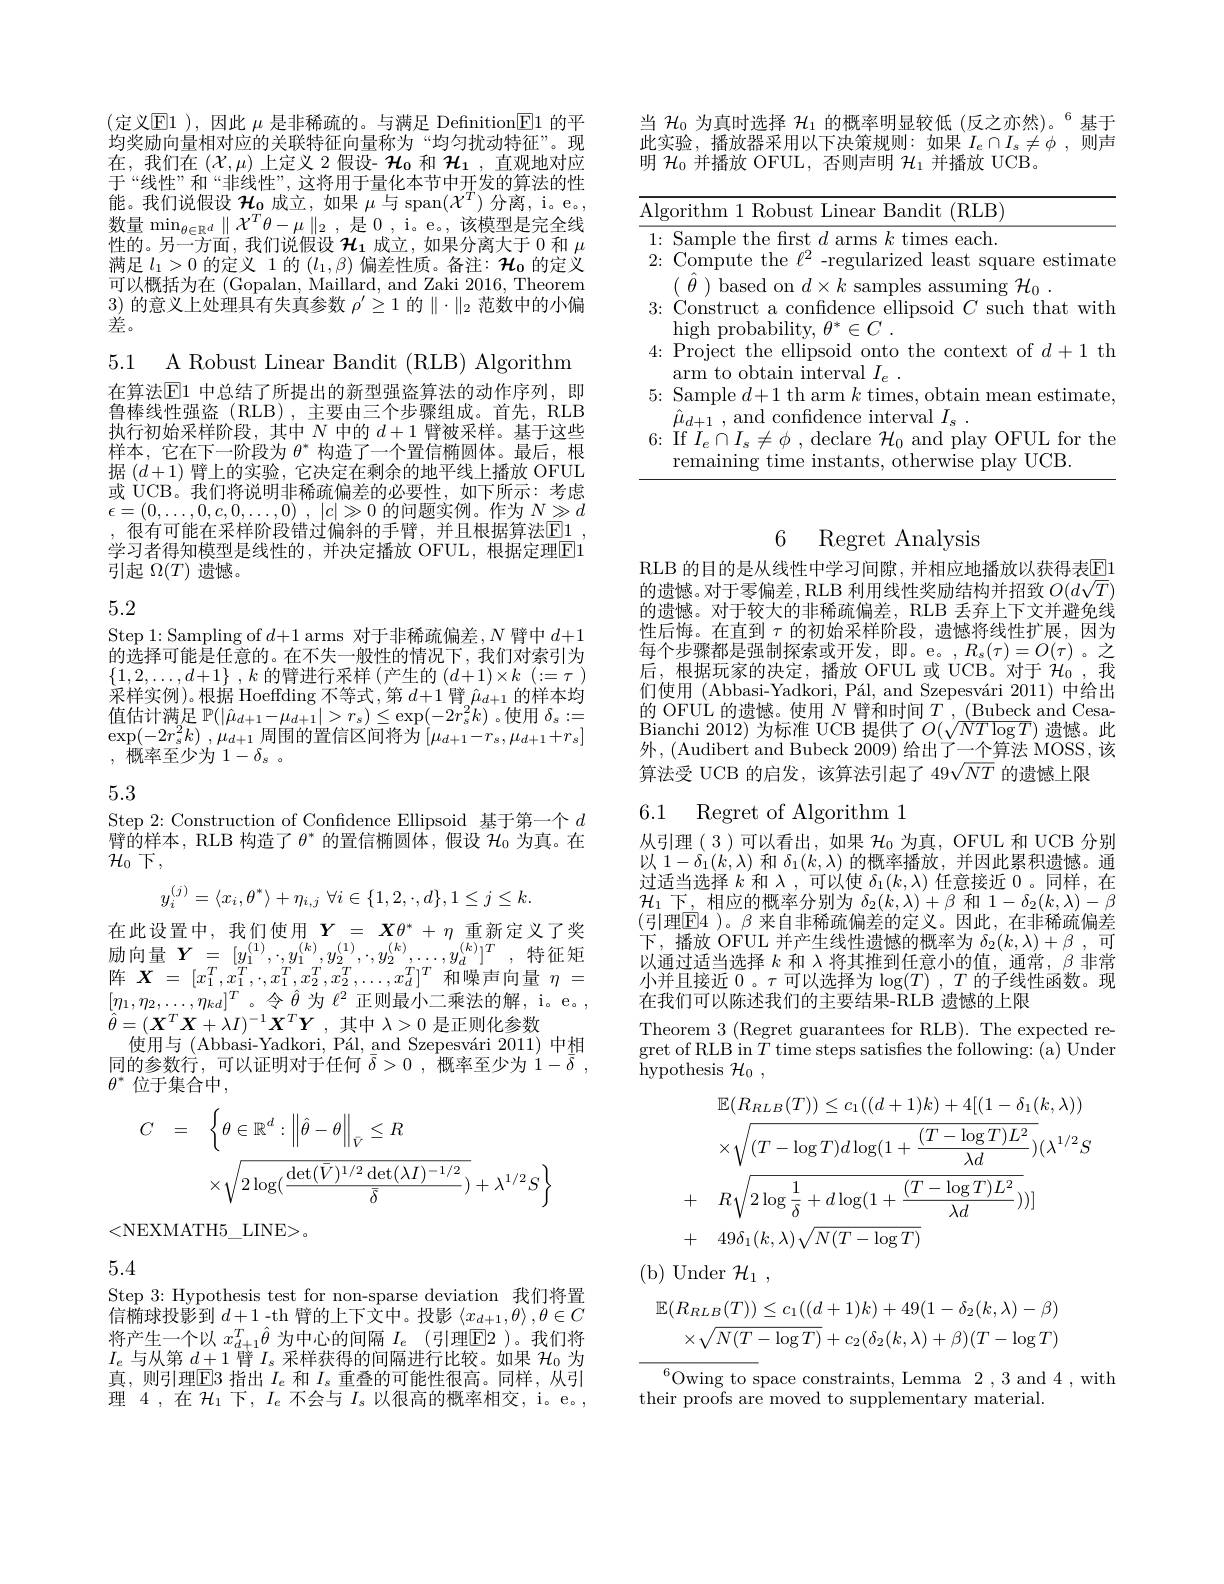
(定义$\mathbb{E}1)$,因此 $\mu$ 是非稀疏的。与满足 Definition$\mathbb{E}1$ 的平均奖励向量相对应的关联特征向量称为“均匀扰动特征”。现在，我们在$\left(\mathcal{X},\mu\right)$上定义 2假设- $\mathcal{H}_0$ 和 $\mathcal{H}_1$, 直观地对应于“线性”和“非线性”,这将用于量化本节中开发的算法的性能。我们说假设$\mathcal{H}_\mathbf{0}$成立，如果$\mu$与 span$(\mathcal{X}^T)$分离，i。e。, $\begin{array}{l}{\text{数量}\operatorname*{min}_{\theta\in\mathbb{R}^{d}}\parallel\mathcal{X}^{T}\theta-\mu\parallel_{2}~,~\text{是 0 , i。e。, 该模型是完全线}\\\text{性的。另一方面 , 我们说假设 }\mathcal{H}_{1}~\text{成立，如果分离大于 }0~\text{和 }\mu\end{array}}\\$ 满足$l_1>0$的定义 1 的$(l_1,\beta)$偏差性质。备注：$\mathcal{H}_{\mathbf{0}}$的定义可以概括为在 (Gopalan, Maillard, and Zaki 2016, Theorem 3)的意义上处理具有失真参数$\rho^\prime\geq1$的$\parallel\cdot\parallel_2$范数中的小偏$\begin{array}{c}{{\frac{\partial^{\prime}}{\partial x}}}\\{{\frac{\partial^{\prime}}{\partial x}}}\end{array}$

5.1 A Robust Linear Bandit (RLB) Algorithm

在算法$\mathbb{E}$1 中总结了所提出的新型强盗算法的动作序列，即鲁棒线性强盗(RLB),主要由三个步骤组成。首先，RLB 执行初始采样阶段，其中$N$中的$d+1$臂被采样。基于这些样本，它在下一阶段为$\theta^*$构造了一个置信椭圆体。最后，根据$(d+1)$臂上的实验，它决定在剩余的地平线上播放 OFUL 或 UCB。我们将说明非稀疏偏差的必要性，如下所示：考虑$\epsilon = ( 0, \ldots , 0, c, 0, \ldots , 0)$ , $| c| \gg 0$的问题实例。作为$N\gg d$ ,很有可能在采样阶段错过偏斜的手臂，并且根据算法$\boxed{\mathrm{E}}1$ 学习者得知模型是线性的，并决定播放 OFUL,根据定理$\boxed{\mathrm{E}}1$ 引起$\Omega(T)$遗憾。

# 5.2

Step 1: Sampling of $d+1$ arms 对于非稀疏偏差，$N$臂中$d+1$ $\hat{\text{的选择可能是任意的。在不失一般性的情况下，我们对索引为}}$ $\{ 1, 2, \ldots , d+ 1\}$ , $k$的臂进行采样 (产生的$( d+ 1) \times k$ $( : = \tau$ ) 采样实例)。根据 Hoeffding 不等式，第$d+1$臂$\hat{\mu}_d+1$的样本均值估计满足$\mathbb{P}(|\hat{\mu}_{d+1}-\mu_{d+1}|>r_{s})\leq\exp(-2r_{s}^{2}k)$ 。使用$\delta_s:=$ $\exp ( - 2r_{s}^{2}k)$ , $\mu _{d+ 1}$ 周围的置信区间将为$\left[\mu_{d+1}-r_{s},\mu_{d+1}+r_{s}\right]$ ,概率至少为$1-\delta_s.$

# 5.3

Step 2: Construction of Confidence Ellipsoid 基于第一个$d$ $\bar{\text{臂的样本，RLB 构造了}\theta^*\text{ 的置信椭圆体，假设 }\mathcal{H}_0\text{ 为真。在}}$ $\mathcal{H}_0$下，
$$y_i^{(j)}=\langle x_i,\theta^*\rangle+\eta_{i,j}\:\forall i\in\{1,2,\cdot,d\},1\leq j\leq k.$$
在 此 设 置 中 , 我 们 使 用 $\boldsymbol{Y}=$ $\boldsymbol{X}\theta ^{* }$ + $\eta$ 重 新 定 义 了 奖 励 向 量 $\boldsymbol{Y}$ = $[ y_{1}^{( 1) }$, $, y_{1}^{( k) }, y_{2}^{( 1) }$, $, y_{2}^{( k) }, \ldots , y_{d}^{( k) }] ^{T}$ , 特 征 矩 阵 $\boldsymbol{X}-$ $[ x_{1}^{T}$ $x_{1}^{T}$ $x_{2}^{T}$ $x_{2}^{T}$ $x_{2}^{T}$ $x_{1}^{T}$ 和 幅 击 向 量 $n-$ $\begin{array}{l}{\text{阵 }\boldsymbol{X}=\:[x_{1}^{T},x_{1}^{T},\cdot,x_{1}^{T},x_{2}^{T},x_{2}^{T},\ldots,x_{d}^{T}]^{T}}&{\text{和噪声向量}\eta=}\\{[\eta_{1},\eta_{2},\ldots,\eta_{kd}]^{T}。令\hat{\theta}\text{ 为 }\ell^{2}}&{\text{正则最小二乘法的解，i。e。},}\end{array}$ $\hat{\theta } = ( \boldsymbol{X}^{T}\boldsymbol{X}+ \lambda I) ^{- 1}\boldsymbol{X}^{T}\boldsymbol{Y}$ ,其中$\lambda>0$是正则化参数
使用与 (Abbasi-Yadkori, Pál, and Szepesvári 2011) 中相同的参数行，可以证明对于任何$\bar{\delta}>0$ ,概率至少为$1- \bar{\delta }$ , $\theta^*$ 位于集合中，
$$\begin{array}{rcl}C&=&\left\{\theta\in\mathbb{R}^d:\left\|\hat{\theta}-\theta\right\|_{\bar{V}}\leq R\\&&\times\sqrt{2\log(\frac{\det(\bar{V})^{1/2}\det(\lambda I)^{-1/2}}{\bar{\delta}})}+\lambda^{1/2}S\right\}\end{array}$$
<NEXMATH5\_LINE>。

5.4

Step 3: Hypothesis test for non-sparse deviation 我们将置信椭球投影到$d+1$-th 臂的上下文中。投影$\left\langle x_d+1,\theta\right\rangle,\theta\in C$ 将产生一个以$x_d+1^T\hat{\theta}$为中心的间隔$I_e$ (引理$\boxed{\mathrm{F}}2$ )。我们将$I_e$与从第$d+1$臂$I_s$采样获得的间隔进行比较。如果$\mathcal{H}_0$为真，则引理$\boxed{\mathrm{E}}3$指出$I_e$和$I_s$重叠的可能性很高。同样，从引理 4 , 在$\mathcal{H}_1$下，$I_e$不会与$I_s$以很高的概率相交，i。e。

当$\mathcal{H}_0$为真时选择$\mathcal{H}_1$的概率明显较低 (反之亦然)。$^6$基于$\overline {\text{此 实 验 , 播 放 器 采 用 以 下 决 策 规 则 : 如 果 }I_e\cap I_s\neq \phi }$ ,则声明$\mathcal{H}_0$并播放 OFUL, 否则声明$\mathcal{H}_1$并播放 UCB。

<table>
	<tbody>
		<tr>
			<td>Alg 1 1 1 1</td>
			<td>qorithm Robust |ines Bandit (RLB ·</td>
		</tr>
		<tr>
			<td>1: 2:</td>
			<td>Sample the first $d$ arms $k$ times each. Compute the $\ell^{2}$ -regularized least square estimate</td>
		</tr>
		<tr>
			<td>3:</td>
			<td>$(\theta)$ based on $d\times k$ samples assuming $\mathcal{H}_0$ 1 Construct a confidence ellipsoid $C$ such that with</td>
		</tr>
		<tr>
			<td>4:</td>
			<td>Project the ellipsoid onto the context of $d+1$ th arm to obtain interval $I$</td>
		</tr>
		<tr>
			<td>5:</td>
			<td>Sample $d+1$ th arm $k$ times, obtain mean estimate and confidence interval $I$</td>
		</tr>
		<tr>
			<td>6:</td>
			<td>If $I_e\cap I_s\neq \phi$ , declare $\mathcal{H} _0$ and play OFUL for the remaining time instants. otherwise plav UCB</td>
		</tr>
		<tr>
			<td> </td>
			<td>rema 12. $\Upsilon CR$</td>
		</tr>
	</tbody>
</table>

6 Regret Analysis

RLB 的目的是从线性中学习间隙，并相应地播放以获得表$\boxed{\mathrm{E}}1$ 的遗憾。对于零偏差，RLB 利用线性奖励结构并招致$O(d\sqrt T)$ 的遗憾。对于较大的非稀疏偏差，RLB 丢弃上下文并避免线性后悔。在直到$\tau$的初始采样阶段，遗憾将线性扩展，因为每个步骤都是强制探索或开发，即。e。$,R_s(\tau)=O(\tau)$。之后，根据玩家的决定，播放 OFUL 或 UCB。对于$\dot{\mathcal{H}}_0$,我们使用 (Abbasi-Yadkori, Pál, and Szepesvári 2011) 中给出的 OFUL 的遗憾。使用$N$臂和时间$T,\underline{\text{(Bubeck and Cesa-}}$ Bianchi 2012) 为 标 准 UCB 提 供 了 $O( \sqrt {NT\log T})$ 遗 憾 。此 Bianchi 2012) 为 标 准 UCB 提 供 了 $O( \sqrt {NT\log T})$ 遗 憾 。此外，(Audibert and Bubeck 2009) 给出了一个算法 MOSS, 该算法受 UCB 的启发，该算法引起了 49$\sqrt NT$的遗憾上限

6.1 Regret of Algorithm

从引理(3)可以看出，如果$\mathcal{H}_0$为真，OFUL 和 UCB 分别以$1-\delta_1(k,\lambda)$和$\delta_1(k,\lambda)$的概率播放，并因此累积遗憾。通过适当选择$k^\prime$和$\lambda$,可以使$\delta_1(k,\lambda)$任意接近0 。同样，在$\mathcal{H}_{1}$下，相应的概率分别为$\delta_2(k,\lambda)+\beta$和$1-\delta_2(k,\lambda)-\beta$ (引理$\boxed{\mathrm{F}}4$ )。$\beta$ 来自非稀疏偏差的定义。因此，在非稀疏偏差下，播放 OFUL 并产生线性遗憾的概率为$\delta_2(k,\lambda)+\beta$,可以通过适当选择$k$和$\lambda$将其推到任意小的值，通常$,\beta$非常小并且接近0 。$\tau$可以选择为$\log(T),T$的子线性函数。现在我们可以陈述我们的主要结果-RLB 遗憾的上限
Theorem 3 (Regret guarantees for RLB). The expected re-

gret of RLB in $\bar{T}$ time steps satisfes the following: (a) Under
hypothesis $\mathcal{H}_0$,
$$\begin{aligned}&\mathbb{E}(R_{RLB}(T))\leq c_{1}((d+1)k)+4[(1-\delta_{1}(k,\lambda))\\&\times\sqrt{(T-\log T)d\log(1+\frac{(T-\log T)L^{2}}{\lambda d})}(\lambda^{1/2}S\\&+\quad R\sqrt{2\log\frac{1}{\delta}+d\log(1+\frac{(T-\log T)L^{2}}{\lambda d})})]\\&+\quad49\delta_{1}(k,\lambda)\sqrt{N(T-\log T)}\end{aligned}$$
(b)Under$\mathcal{H}_1$,
$$\begin{array}{c}{{\mathbb{E}(R_{RLB}(T))\leq c_{1}((d+1)k)+49(1-\delta_{2}(k,\lambda)-\beta)}}\\{{\times\sqrt{N(T-\log T)}+c_{2}(\delta_{2}(k,\lambda)+\beta)(T-\log T)}}\end{array}$$
$^{6}$Owing to space constraints, Lemma 2,3 and 4,with
their proofs are moved to supplementary material.